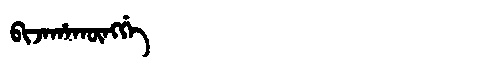
Manchu: ᠪᡳᠵᠠᡥᠠᡴᡡᠩᡤᡝ
Romanization: BIJAHAKŪNGGE